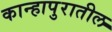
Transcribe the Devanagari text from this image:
कान्हापुरातील